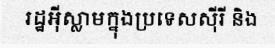
រដ្ឋអ៊ីស្លាមក្នុងប្រទេសស៊ីរី និង